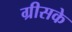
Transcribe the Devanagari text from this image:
ग्रीसके